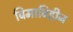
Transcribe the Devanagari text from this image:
बिमाविहीन